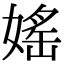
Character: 媱